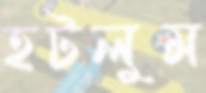
হটলুম